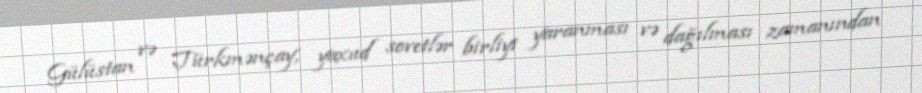
Gülüstan və Türkmənçay, yaxud sovetlər birliyi yaranması və dağılması zamanından